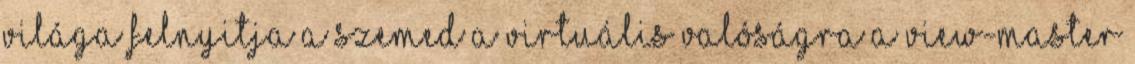
világa felnyitja a szemed a virtuális valóságra A View-Master